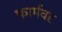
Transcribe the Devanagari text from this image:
फार्मवर